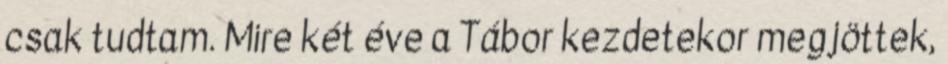
csak tudtam. Mire két éve a Tábor kezdetekor megjöttek,